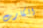
الكارت